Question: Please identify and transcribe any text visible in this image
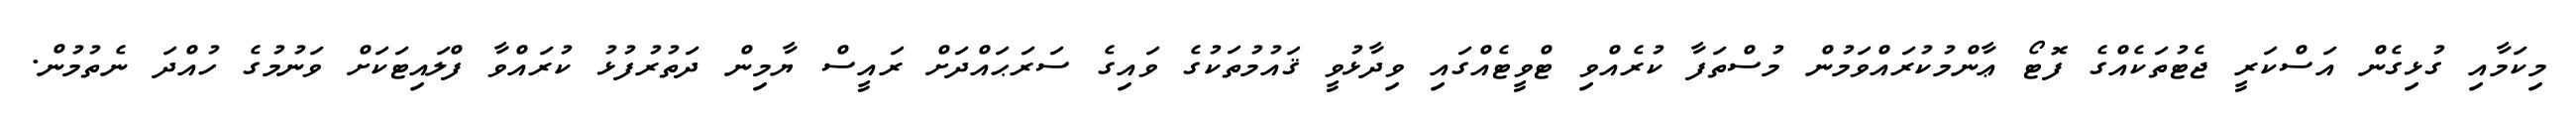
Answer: މިކަމާއި ގުޅިގެން އަސްކަރީ ޖެޓުތަކެއްގެ ފޮޓޯ ޢާންމުކުރައްވަމުން މުސްތަފާ ކުރެއްވި ޓްވީޓެއްގައި ވިދާޅުވީ ޤައުމުތަކުގެ ވައިގެ ސަރަޙައްދަށް ރައީސް ޔާމިން ދަތުރުފުޅު ކުރައްވާ ފްލައިޓަކަށް ވަނުމުގެ ހުއްދަ ނެތުމުން.